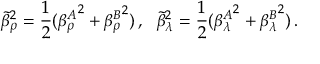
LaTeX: \tilde { \beta } _ { \rho } ^ { 2 } = \frac { 1 } { 2 } ( { \beta _ { \rho } ^ { A } } ^ { 2 } + { \beta _ { \rho } ^ { B } } ^ { 2 } ) \, , \ \ \tilde { \beta } _ { \lambda } ^ { 2 } = \frac { 1 } { 2 } ( { \beta _ { \lambda } ^ { A } } ^ { 2 } + { \beta _ { \lambda } ^ { B } } ^ { 2 } ) \, .